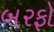
બરફો